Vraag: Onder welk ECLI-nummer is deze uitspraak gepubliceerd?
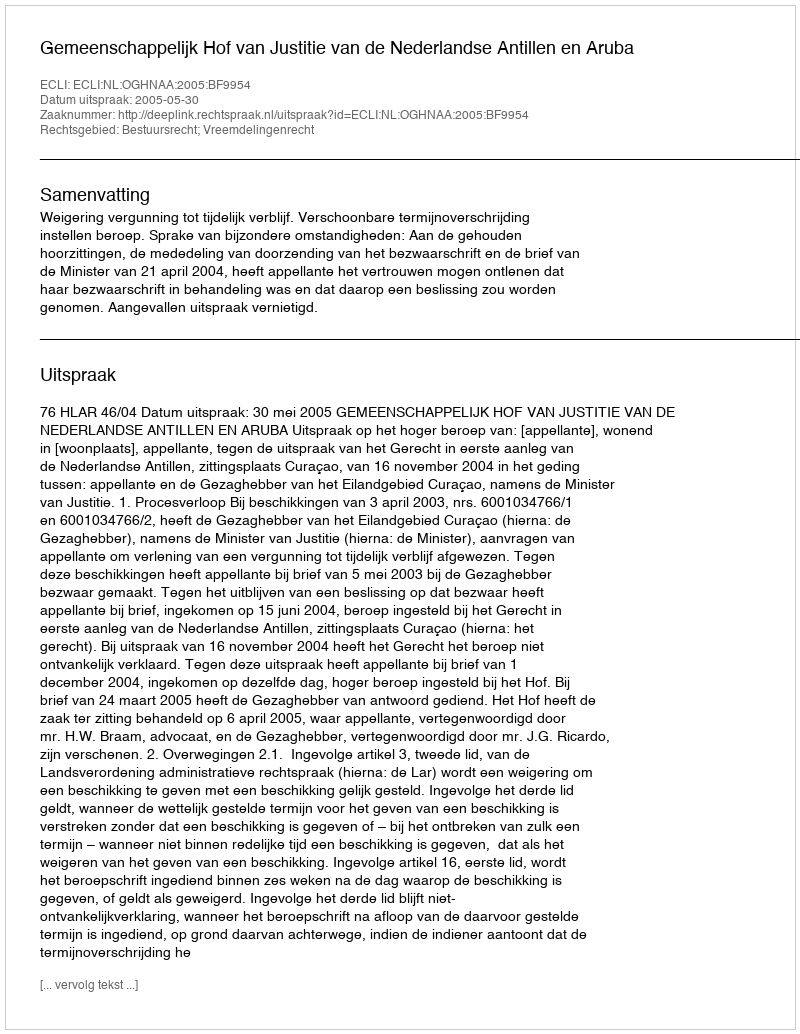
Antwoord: ECLI:NL:OGHNAA:2005:BF9954